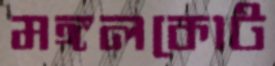
মঙ্গলকোট